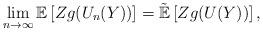
LaTeX: \begin{align*} \lim_{n\to\infty}\mathbb E\left[Zg(U_n(Y))\right]=\tilde{\mathbb E}\left[Zg(U(Y))\right],\end{align*}